Annual returns of the Patna Lunatic Asylum at Bankipore in Bihar and Orissa - 1912-1924
Year: 1912
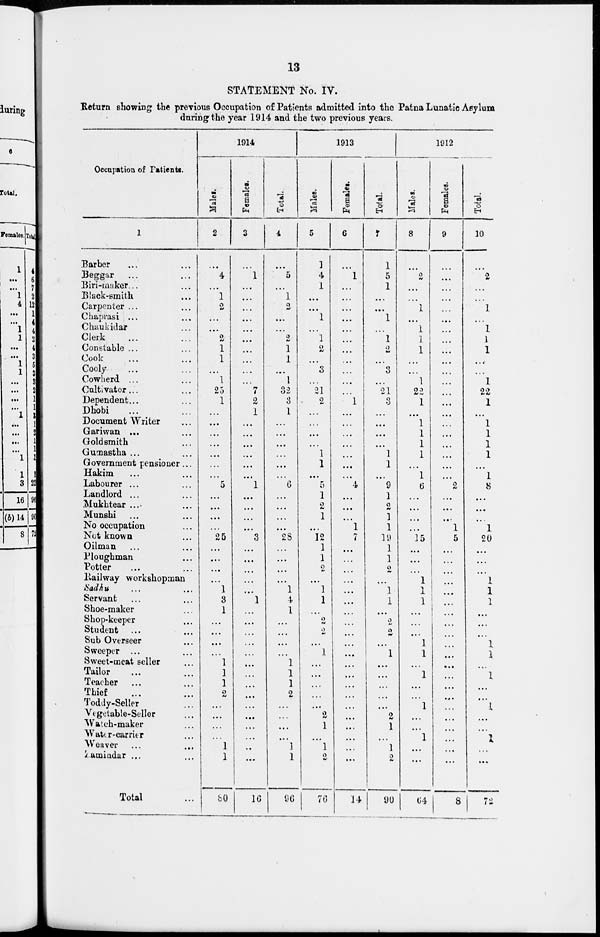
13
STATEMENT No. IV.
Return showing the previous Occupation of Patients admitted into the Patna Lunatic Asylum
during the year 1914 and the two previous years.
Occupation of Patients.
1
Barber ... ...
Beggar ... ...
Biri-maker... ...
Black-smith ...
Carpenter ... ...
Chaprasi ... ...
Chaukidar ...
Clerk ... ...
Constable ... ...
Cook ... ...
Cooly ... ...
Cowherd ... ...
Cultivator... ...
Dependent... ...
Dhobi ... ...
Document Writer ...
Gariwan ... ...
Goldsmith ...
Gumastha ... ...
Government pensioner ...
Hakim ... ...
Labourer ... ...
Landlord ... ...
Mukhtear ... ...
Munshi ... ...
No occupation ...
Not known ...
Oilman ... ...
Ploughman ...
Potter ... ...
Railway workshopman
Sadhu ... ...
Servant ... ...
Shoe-maker ...
Shop-keeper ...
Student ... ...
Sub Overseer ...
Sweeper ... ...
Sweet-meat seller ...
Tailor ... ...
Teacher ... ...
Thief ... ...
Toddy-Seller ...
Vegetable-Seller ...
Watch-maker ...
Water-carrier ...
Weaver ... ...
Zamindar ... ...
Total ...
1914
Males.
2
...
4
...
1
2
...
...
2
1
1
...
1
25
1
...
...
...
...
...
...
...
5
...
...
...
...
25
...
...
...
...
1
3
1
...
...
...
...
1
1
1
2
...
...
...
...
1
1
80
Females.
3
...
1
...
...
...
...
...
...
...
...
...
...
7
2
1
...
...
...
...
...
...
1
...
...
...
...
3
...
...
...
...
...
1
...
...
...
...
...
...
...
...
...
...
...
...
...
...
...
16
Total.
4
...
5
...
1
2
...
...
2
1
1
...
1
32
3
1
...
...
...
...
...
...
6
...
...
...
...
28
...
...
...
...
1
4
1
...
...
...
...
1
1
1
2
...
...
...
...
1
1
96
1913
Males.
5
1
4
1
...
...
1
...
1
2
...
3
...
21
2
...
...
...
...
1
1
...
5
1
2
1
...
12
1
1
2
...
1
1
...
2
2
...
1
...
...
...
...
...
2
1
...
1
2
76
Females.
6
...
1
...
...
...
...
...
...
...
...
...
...
...
1
...
...
...
...
...
...
...
4
...
...
...
1
7
...
...
...
...
...
...
...
...
...
...
...
...
...
...
...
...
...
...
...
...
...
14
Total.
7
1
5
1
...
...
1
...
1
2
...
3
...
21
3
...
...
...
...
1
1
...
9
1
2
1
1
19
1
1
2
...
1
1
...
2
2
...
1
...
...
...
...
...
2
1
...
1
2
90
1912
Males.
8
...
2
...
...
1
...
1
1
1
...
...
1
22
1
...
1
1
1
1
...
1
6
...
...
...
...
15
...
...
...
1
1
1
...
...
...
1
1
...
1
...
...
1
...
...
1
...
...
64
Females.
9
...
...
...
...
...
...
...
...
...
...
...
...
...
...
...
...
...
...
...
...
...
2
...
...
...
1
5
...
...
...
...
...
...
...
...
...
...
...
...
...
...
...
...
...
...
...
...
...
8
Total.
10
...
2
...
...
1
...
1
1
1
...
...
1
22
1
...
1
1
1
1
...
1
8
...
...
...
1
20
...
...
...
1
1
1
...
...
...
1
1
...
1
...
...
1
...
...
1
...
...
72